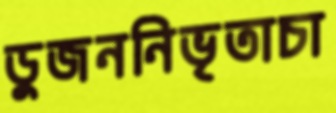
ডুজননিভৃতাচা